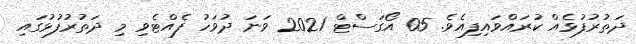
ދަތުރުފުޅެއް ކުރައްވައިފިއެވެ. 05 އޯގަސްޓް 2021 ވަނަ ދުވަހު ފެއްޓެވި މި ދަތުރުފުޅުގައި